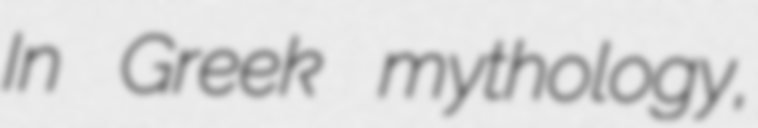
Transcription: In Greek mythology,